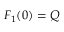
F _ { 1 } ( 0 ) = Q